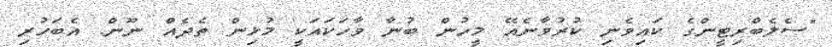
"ސެެލެބްރިޓީންގެ ކައިވެނި ކުރުވާނެއޭ މީހުން ބުނާ ވާހަކައަކީ މުޅިން ތެދެއް ނޫން. އެބަހުރި